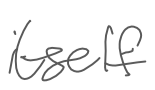
Text: itself
Cross-out: clean
Writing tool: digital_gray